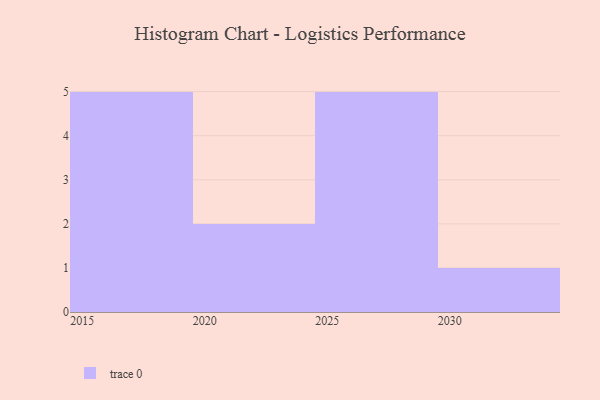
{"axis": {"x": "Year", "y": "Conversion Rate (%)"}, "legend": [""], "data": [{"x": "2027", "y": 73, "type": ""}, {"x": "2029", "y": 34, "type": ""}, {"x": "2028", "y": 47, "type": ""}, {"x": "2016", "y": 10, "type": ""}, {"x": "2017", "y": 60, "type": ""}, {"x": "2025", "y": 78, "type": ""}, {"x": "2020", "y": 9, "type": ""}, {"x": "2018", "y": 61, "type": ""}, {"x": "2026", "y": 12, "type": ""}, {"x": "2015", "y": 38, "type": ""}, {"x": "2030", "y": 89, "type": ""}, {"x": "2021", "y": 29, "type": ""}, {"x": "2019", "y": 41, "type": ""}]}